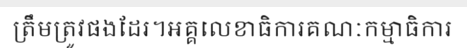
ត្រឹមត្រូវផងដែរ។អគ្គលេខាធិការគណៈកម្មាធិការ